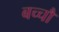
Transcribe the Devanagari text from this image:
बच्चौ